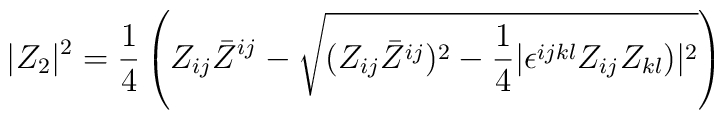
|Z_2|^2 ={1\over 4}  \left (Z_{ij} \bar Z^{ij} -  \sqrt { (Z_{ij} \bar Z^{ij} )^2 -{1\over 4} |\epsilon^{ijkl}  Z_{ij} Z_{kl} )|^2 }\right)